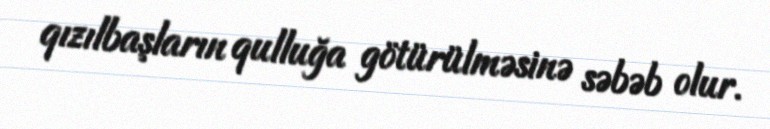
qızılbaşların qulluğa götürülməsinə səbəb olur.